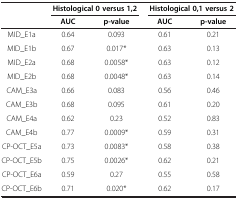
<table><thead><tr><td><b> </b></td><td colspan="2"><b>Histological 0 versus 1,2</b></td><td colspan="2"><b>Histological 0,1 versus 2</b></td></tr><tr><td><b> </b></td><td><b>AUC</b></td><td><b>p-value</b></td><td><b>AUC</b></td><td><b>p-value</b></td></tr></thead><tbody><tr><td>MID_E1a</td><td>0.64</td><td>0.093</td><td>0.61</td><td>0.21</td></tr><tr><td>MID_E1b</td><td>0.67</td><td>0.017*</td><td>0.63</td><td>0.13</td></tr><tr><td>MID_E2a</td><td>0.68</td><td>0.0058*</td><td>0.63</td><td>0.12</td></tr><tr><td>MID_E2b</td><td>0.68</td><td>0.0048*</td><td>0.63</td><td>0.14</td></tr><tr><td>CAM_E3a</td><td>0.66</td><td>0.083</td><td>0.56</td><td>0.46</td></tr><tr><td>CAM_E3b</td><td>0.68</td><td>0.095</td><td>0.61</td><td>0.20</td></tr><tr><td>CAM_E4a</td><td>0.62</td><td>0.23</td><td>0.52</td><td>0.83</td></tr><tr><td>CAM_E4b</td><td>0.77</td><td>0.0009*</td><td>0.59</td><td>0.31</td></tr><tr><td>CP-OCT_E5a</td><td>0.73</td><td>0.0083*</td><td>0.58</td><td>0.38</td></tr><tr><td>CP-OCT_E5b</td><td>0.75</td><td>0.0026*</td><td>0.62</td><td>0.21</td></tr><tr><td>CP-OCT_E6a</td><td>0.59</td><td>0.27</td><td>0.55</td><td>0.58</td></tr><tr><td>CP-OCT_E6b</td><td>0.71</td><td>0.020*</td><td>0.62</td><td>0.17</td></tr></tbody></table>